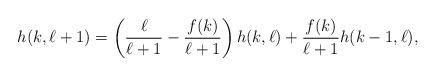
LaTeX: \begin{align*}h(k,\ell+1) = \left(\frac{\ell}{\ell+1}-\frac{f(k)}{\ell+1}\right)h(k,\ell)+\frac{f(k)}{\ell+1}h(k-1,\ell),\end{align*}